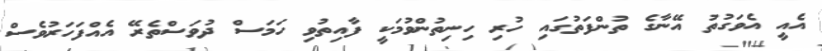
އެއީ އެވަގުތު އޭނާގެ ތުންފަތުގައި ހުރި ހިނިތުންވުމަކީ ފާއިތުވި ހަމަސް ދުވަސްތެރޭ އެއްފަހަރުވެސް